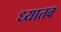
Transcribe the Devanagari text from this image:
ध्यातव